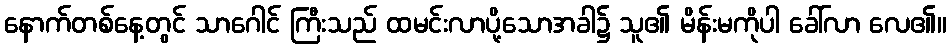
နောက်တစ်နေ့တွင် သာဂေါင် ကြီးသည် ထမင်းလာပို့သောအခါ၌ သူ၏ မိန်းမကိုပါ ခေါ်လာ လေ၏။